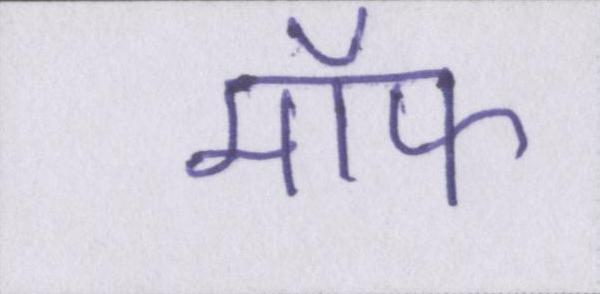
मॉफ